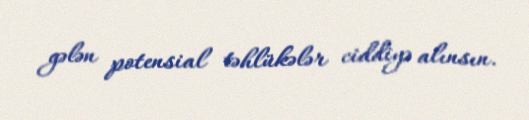
gələn potensial təhlükələr ciddiyə alınsın.